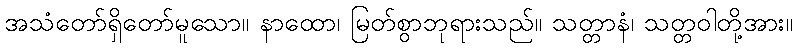
အသံတော်ရှိတော်မူသော။ နာထော၊ မြတ်စွာဘုရားသည်။ သတ္တာနံ၊ သတ္တဝါတို့အား။